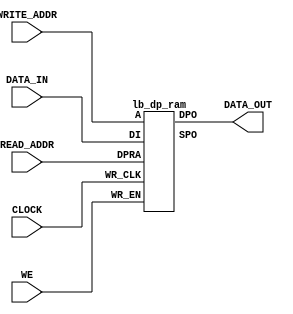
      /////////////////////////////////////////////
     //  LOGIBLOX_DP_RAM.V Version 1.0          //
    //  Example of an instantiation of a       //
   //  LogiBLOX created Duel Port RAM module  //
  // HDL Synthesis Design Guide for FPGAs    //
 // May 1997                                //
/////////////////////////////////////////////

module logiblox_dp_ram (WRITE_ADDR, DATA_IN, WE, 
                        CLOCK, DATA_OUT, READ_ADDR);

input  [3:0] WRITE_ADDR, DATA_IN, READ_ADDR ;
input        WE, CLOCK ;
output [3:0] DATA_OUT ;


//----------------------------------------------------
// LogiBLOX DP_RAM Module "lb_dp_ram"
// Created by LogiBLOX version M1.3.7
//    on Tue Sep  2 15:53:19 1997
// Attributes 
//    MODTYPE = DP_RAM
//    BUS_WIDTH = 4
//    DEPTH = 16
//    MEMFILE = lb_memfile
//----------------------------------------------------


lb_dp_ram DPRAM16X4
( .A(WRITE_ADDR),
  .SPO(),
  .DI(DATA_IN),
  .WR_EN(WE),
  .WR_CLK(CLOCK),
  .DPO(DATA_OUT),
  .DPRA(READ_ADDR));

endmodule


// Module definition for LogiBLOX DP_RAM

module lb_dp_ram(A, SPO, DI, WR_EN, WR_CLK, DPO, DPRA);

   input  [3:0] A;
   output [3:0] SPO;
   input  [3:0] DI;
   input        WR_EN;
   input        WR_CLK;
   output [3:0] DPO;
   input  [3:0] DPRA;

endmodule